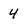
Character: 4